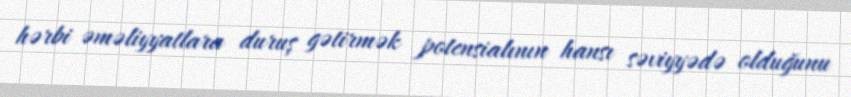
hərbi əməliyyatlara duruş gətirmək potensialının hansı səviyyədə olduğunu